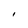
Character: I